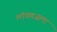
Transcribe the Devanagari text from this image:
लांघणजला